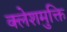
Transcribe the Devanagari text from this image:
क्लेशमुक्ति